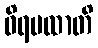
ဝိရမထာတိ